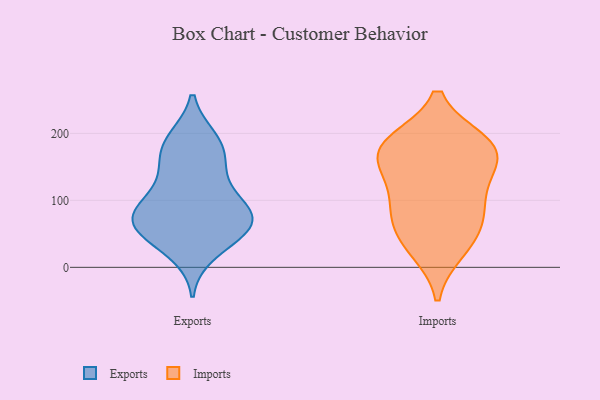
{"axis": {"x": "Production Output", "y": "Value"}, "legend": ["Exports", "Imports"], "data": [{"x": "", "y": 145, "type": "Exports"}, {"x": "", "y": 87, "type": "Exports"}, {"x": "", "y": 67, "type": "Exports"}, {"x": "", "y": 118, "type": "Exports"}, {"x": "", "y": 69, "type": "Exports"}, {"x": "", "y": 65, "type": "Exports"}, {"x": "", "y": 154, "type": "Exports"}, {"x": "", "y": 187, "type": "Exports"}, {"x": "", "y": 47, "type": "Exports"}, {"x": "", "y": 96, "type": "Exports"}, {"x": "", "y": 22, "type": "Exports"}, {"x": "", "y": 181, "type": "Exports"}, {"x": "", "y": 45, "type": "Exports"}, {"x": "", "y": 80, "type": "Exports"}, {"x": "", "y": 191, "type": "Exports"}, {"x": "", "y": 73, "type": "Exports"}, {"x": "", "y": 92, "type": "Imports"}, {"x": "", "y": 144, "type": "Imports"}, {"x": "", "y": 77, "type": "Imports"}, {"x": "", "y": 68, "type": "Imports"}, {"x": "", "y": 182, "type": "Imports"}, {"x": "", "y": 181, "type": "Imports"}, {"x": "", "y": 27, "type": "Imports"}, {"x": "", "y": 119, "type": "Imports"}, {"x": "", "y": 178, "type": "Imports"}, {"x": "", "y": 36, "type": "Imports"}, {"x": "", "y": 186, "type": "Imports"}, {"x": "", "y": 162, "type": "Imports"}]}